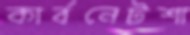
কার্বনেটশা